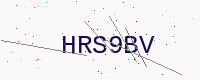
Text: HRS9BV